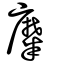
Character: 㸏